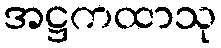
အဋ္ဌကထာသု